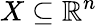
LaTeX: X\subseteq\mathbb{R}^{n}